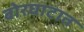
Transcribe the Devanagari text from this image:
बोरघाटात